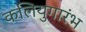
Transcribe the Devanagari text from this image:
कलियुगारंभ